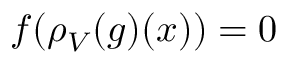
f ( \rho _ { V } ( g ) ( x ) ) = 0